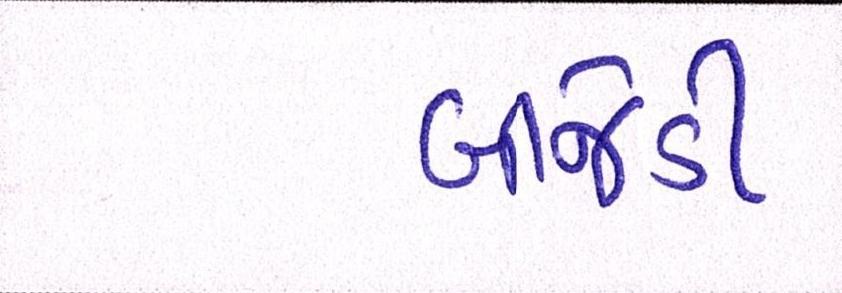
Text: બીજેડી